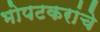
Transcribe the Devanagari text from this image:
भोपटकरांचे